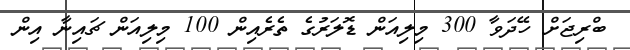
ބްރިޖަށް ހޭދަވާ 300 މިލިއަން ޑޮލަރުގެ ތެރެއިން 100 މިލިއަން ޗައިނާ އިން